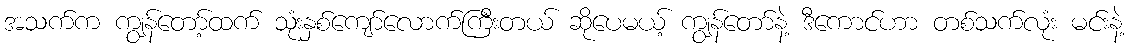
အသက်က ကျွန်တော့်ထက် သုံးနှစ်ကျော်လောက်ကြီးတယ် ဆိုပေမယ့် ကျွန်တော်နဲ့ ဒီကောင်ဟာ တစ်သက်လုံး မင်းနဲ့